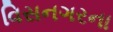
વિસનગરના